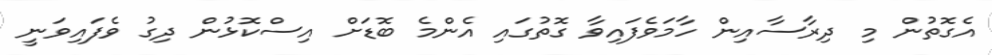
އެގޮތުން މި ދިރާސާއިން ހާމަވެފައިވާ ގޮތުގައި އެންމެ ބޮޑަށް އިސްކޮޅުން ދިގު ވެފައިވަނީ